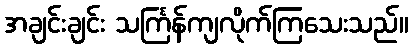
အချင်းချင်း သင်္ကြန်ကျလိုက်ကြသေးသည်။